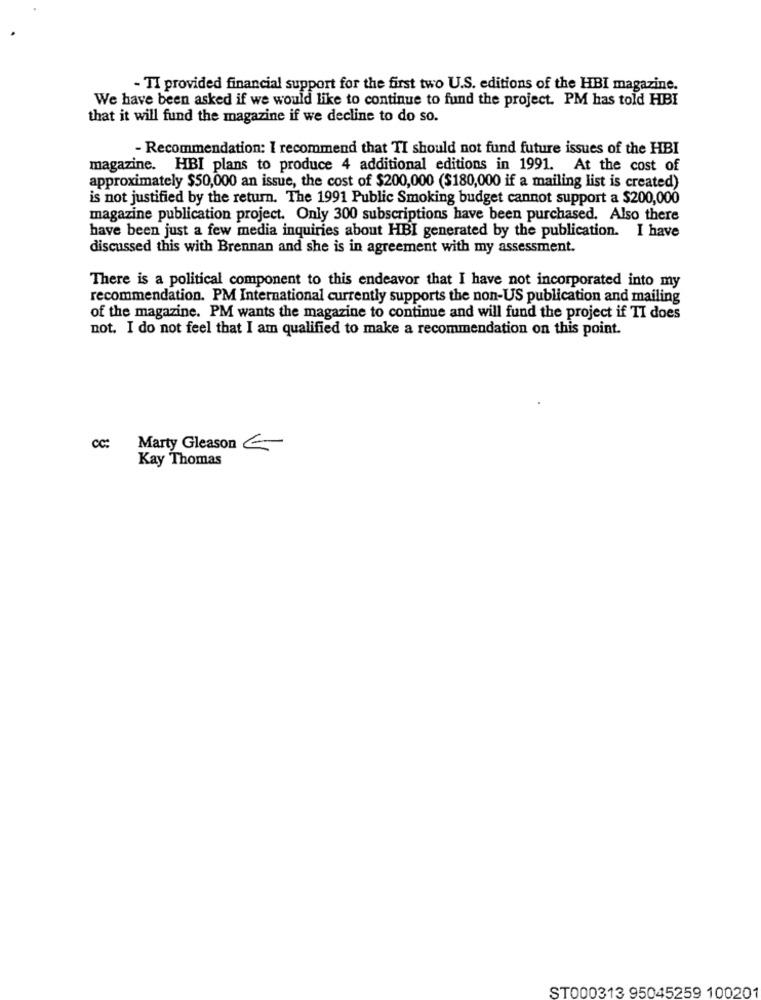
- TI provided financial support for the first two U.S. editions of the HBI magazine.
We have been asked if we would like to continue to fund the project. PM has told HBI
that it will fund the magazine if we decline to do so.
- Recommendation: I recommend that TI should not fund future issues of the HBI
magazine. HBI plans to produce 4 additional editions in 1991. At the cost of
approximately $50,000 an issue, the cost of $200,000 ($180,000 if a mailing list is created)
is not justified by the return. The 1991 Public Smoking budget cannot support a $200,000
magazine publication project. Only 300 subscriptions have been purchased. Also there
have been just a few media inquiries about HBI generated by the publication. I have
discussed this with Brennan and she is in agreement with my assessment.
There is a political component to this endeavor that I have not incorporated into my
recommendation. PM International currently supports the non-US publication and mailing
of the magazine. PM wants the magazine to continue and will fund the project if TI does
not. I do not feel that I am qualified to make a recommendation on this point.
cc:
Marty Gleason €-
Kay Thomas
ST000313 95045259 100201